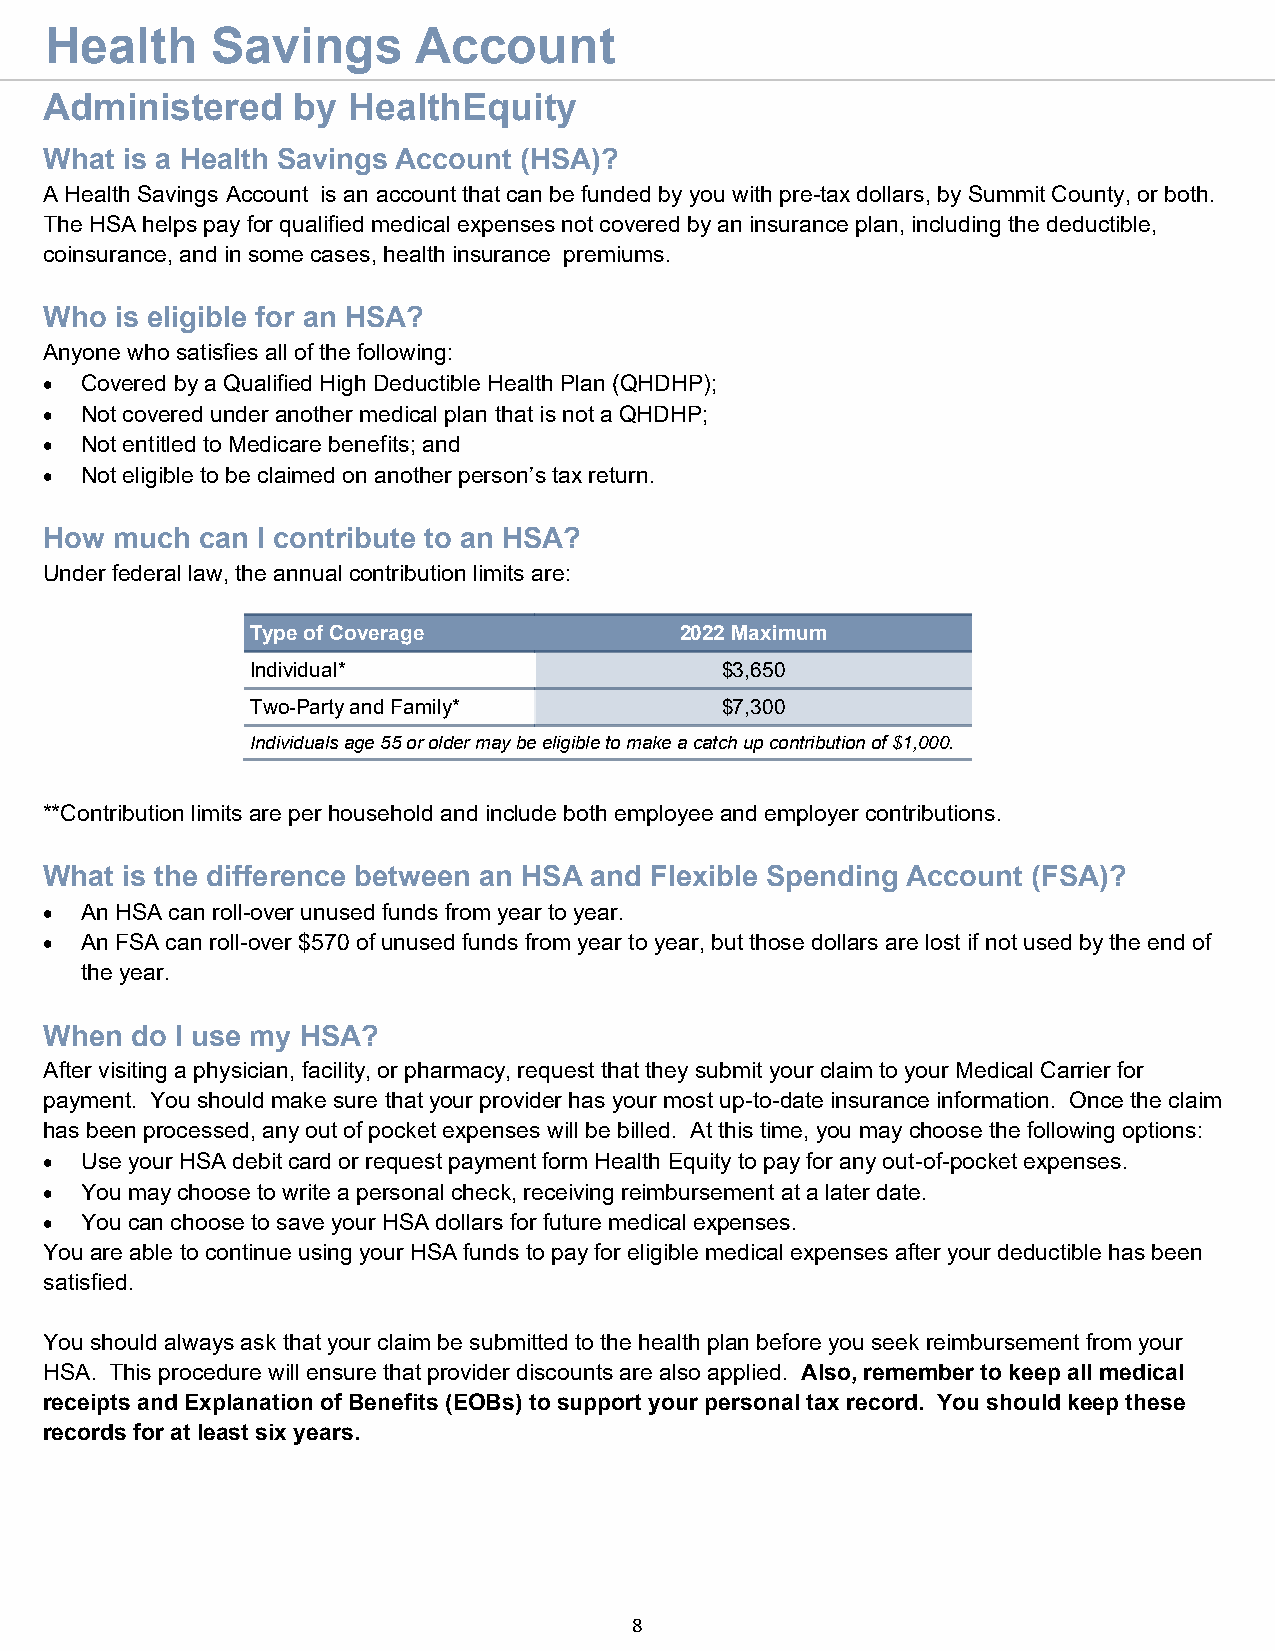
Health     Savings       Account
 Administered    by  HealthEquity
 What is a Health Savings Account (HSA)?
 A Health Savings Account is an account that can be funded by you with pre-tax dollars, by Summit County, or both.
 The HSA helps pay for qualified medical expenses not covered by an insurance plan, including the deductible,
 coinsurance, and in some cases, health insurance premiums.
 Who  is eligible for an HSA?
 Anyone who satisfies all of the following:
 • Covered by a Qualified High Deductible Health Plan (QHDHP);
 • Not covered under another medical plan that is not a QHDHP;
 • Not entitled to Medicare benefits; and
 • Not eligible to be claimed on another person’s tax return.
 How much  can I contribute to an HSA?
 Under federal law, the annual contribution limits are:
 Type of Coverage            2022 Maximum
 Individual*                    $3,650
 Two-Party and Family*          $7,300
 Individuals age 55 or older may be eligible to make a catch up contribution of $1,000.
 **Contribution limits are per household and include both employee and employer contributions.
 What is the difference between an HSA and Flexible Spending Account (FSA)?
 • An HSA can roll-over unused funds from year to year.
 • An FSA can roll-over $570 of unused funds from year to year, but those dollars are lost if not used by the end of
 the year.
 When  do I use my HSA?
 After visiting a physician, facility, or pharmacy, request that they submit your claim to your Medical Carrier for
 payment. You should make sure that your provider has your most up-to-date insurance information. Once the claim
 has been processed, any out of pocket expenses will be billed. At this time, you may choose the following options:
 • Use your HSA debit card or request payment form Health Equity to pay for any out-of-pocket expenses.
 • You may choose to write a personal check, receiving reimbursement at a later date.
 • You can choose to save your HSA dollars for future medical expenses.
 You are able to continue using your HSA funds to pay for eligible medical expenses after your deductible has been
 satisfied.
 You should always ask that your claim be submitted to the health plan before you seek reimbursement from your
 HSA. This procedure will ensure that provider discounts are also applied. Also, remember to keep all medical
 receipts and Explanation of Benefits (EOBs) to support your personal tax record. You should keep these
 records for at least six years.
 8